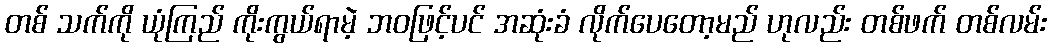
တစ် သက်ကို ယုံကြည် ကိုးကွယ်ရာမဲ့ ဘဝဖြင့်ပင် အဆုံးခံ လိုက်ပေတော့မည် ဟုလည်း တစ်ဖက် တစ်လမ်း